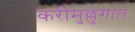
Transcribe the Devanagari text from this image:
करीमुल्लुगात